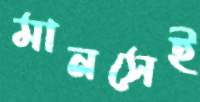
মানসেই